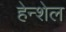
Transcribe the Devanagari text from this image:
हेन्शेल